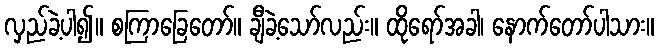
လှည်ခဲ့ပါ၍။ စကြာခြေတော်။ ချီခဲ့သော်လည်း။ ထိုရော်အခါ၊ နောက်တော်ပါသား။